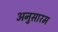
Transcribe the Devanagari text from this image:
अनुसारम